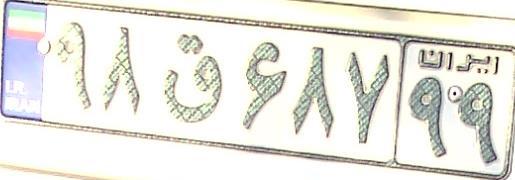
۹۸ق۶۸۷۹۹